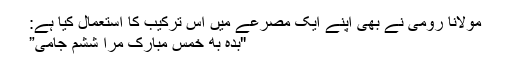
مولانا رُومی نے بھی اپنے ایک مصرعے میں اِس ترکیب کا استعمال کیا ہے:
"بِدِه به خمسِ مُبارک مرا ششُم جامی”